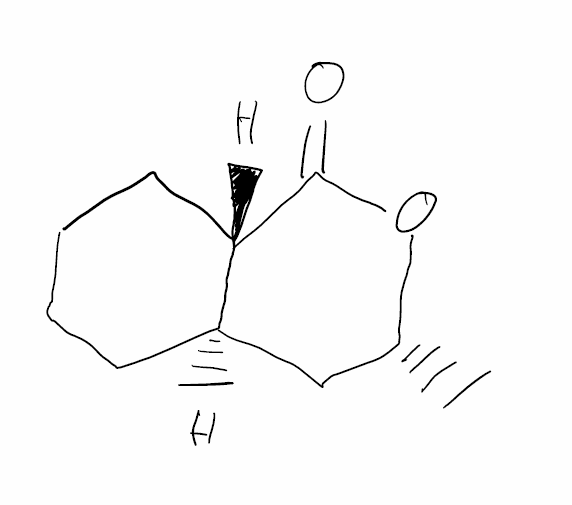
Simplified molecular-input line-entry system (SMILES) notation of the given molecule:
C[C@@H]1C[C@H]2CCCC[C@@H]2C(=O)O1